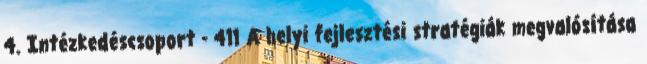
4. Intézkedéscsoport - 411 A helyi fejlesztési stratégiák megvalósítása